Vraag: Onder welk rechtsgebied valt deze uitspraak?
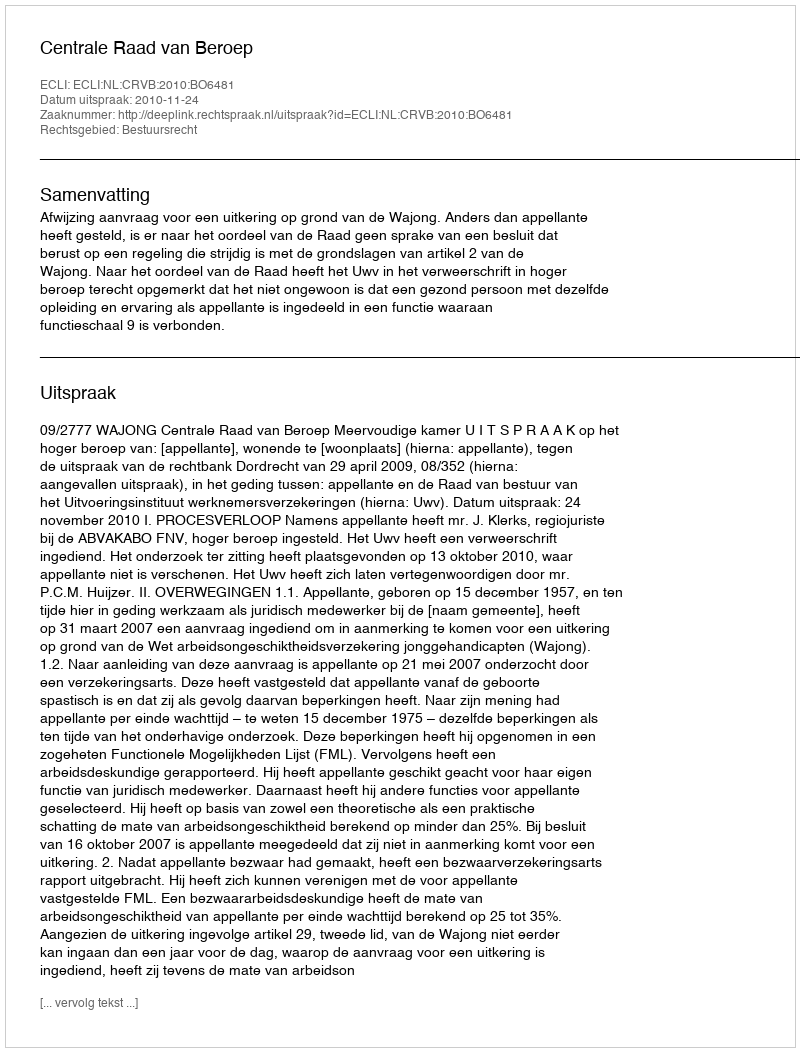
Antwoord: Bestuursrecht